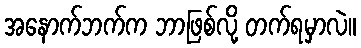
အနောက်ဘက်က ဘာဖြစ်လို့ တက်ရမှာလဲ။